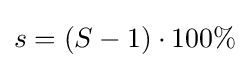
s=\left(S-1\right)\cdot 100\%